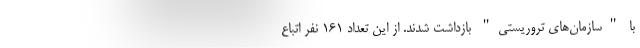
با "سازمان‌های تروریستی" بازداشت شدند. از این تعداد ۱۶۱ نفر اتباع